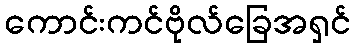
ကောင်းကင်ဗိုလ်ခြေအရှင်